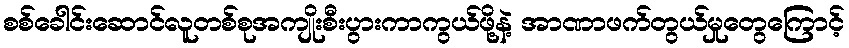
စစ်ခေါင်းဆောင်လူတစ်စုအကျိုးစီးပွားကာကွယ်ဖို့နဲ့ အာဏာဖက်တွယ်မှုတွေကြောင့်